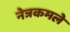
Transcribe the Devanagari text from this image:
नेत्रकमले